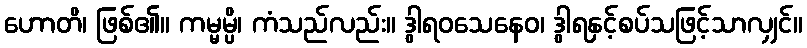
ဟောတိ၊ ဖြစ်၏။ ကမ္မမ္ပိ၊ ကံသည်လည်း။ ဒွါရဝသေနေဝ၊ ဒွါရနှင့်စပ်သဖြင့်သာလျှင်။